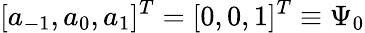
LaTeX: [a_{-1},a_{0},a_{1}]^{T}=[0,0,1]^{T}\equiv\Psi_{0}